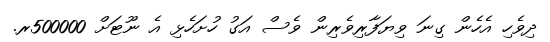
ދިވެހި އެހެން ގިނަ ވިޔަފާރިވެރިން ވެސް އަގު ހުށަހެޅި އެ ނޫޓަށް 500000ރ.